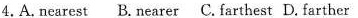
4.A.nearest B. nearer C. farthest D. farther